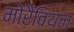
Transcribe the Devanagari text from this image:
मोरैवियन